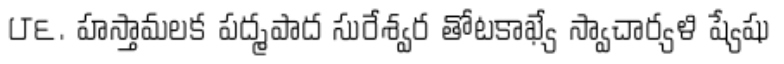
౮౬. హస్తామలక పద్మపాద సురేశ్వర తోటకాఖ్యే స్వాచార్యళి ష్యేషు